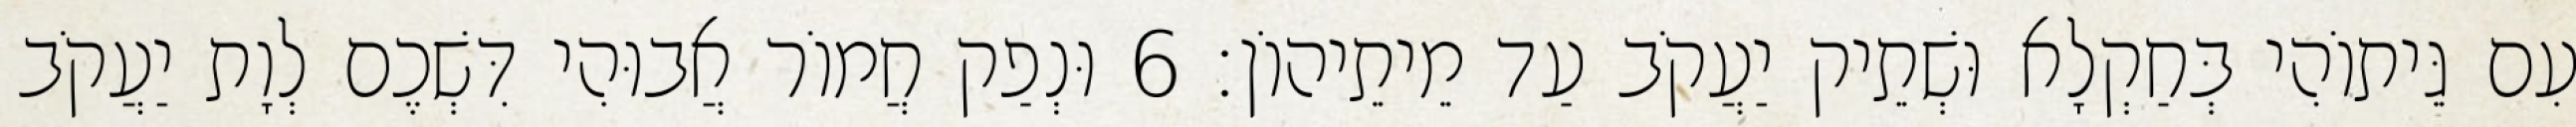
עִם גֵּיתוֹהִי בְּחַקְלָא וּשְׁתֵיק יַעֲקֹב עַד מֵיתֵיהוֹן׃ 6 וּנְפַק חֲמוֹר אֲבוּהִי דִּשְׁכֶם לְוָת יַעֲקֹב